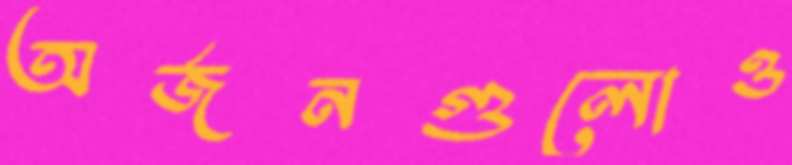
অর্জনগুলোও